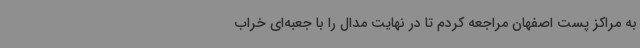
به مراکز پست اصفهان مراجعه کردم تا در نهایت مدال را با جعبه‌ای خراب